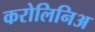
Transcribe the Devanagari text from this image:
करोलिनिअ